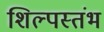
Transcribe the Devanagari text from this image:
शिल्पस्तंभ